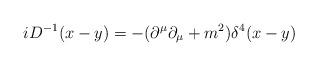
LaTeX: \begin{align*}i D^{-1} (x-y)= -{(\partial^{\mu} \partial_{\mu} + m ^2)}{ \delta^4 (x-y)}\end{align*}